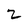
Character: 2